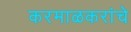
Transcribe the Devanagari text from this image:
करमाळकरांचे